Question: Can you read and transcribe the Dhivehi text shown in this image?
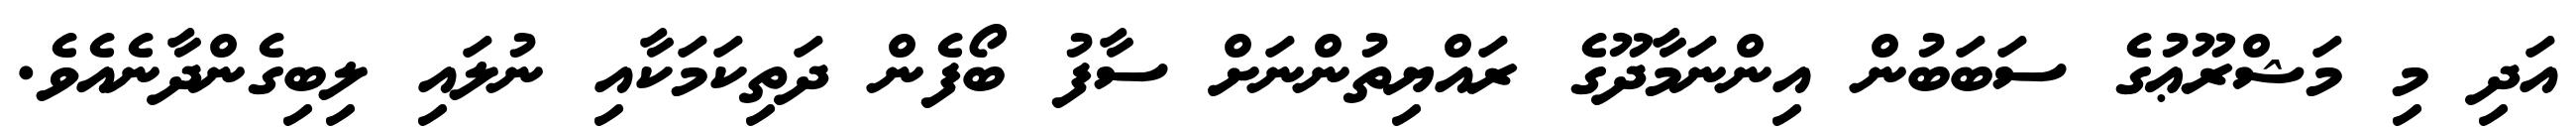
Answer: އަދި މި މަޝްރޫޢުގެ ސަބަބުން އިންނަމާދޫގެ ރައްޔިތުންނަށް ސާފު ބޯފެން ދަތިކަމަކާއި ނުލައި ލިބިގެންދާނެއެވެ.